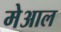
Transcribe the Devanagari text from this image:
मेआल